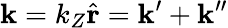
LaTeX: \mathbf{k}=k_{Z}\hat{\mathbf{r}}=\mathbf{k^{\prime}}+\mathbf{k^{\prime\prime}}